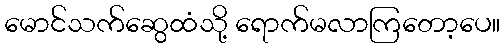
မောင်သက်ဆွေထံသို့ ရောက်မလာကြတော့ပေ။